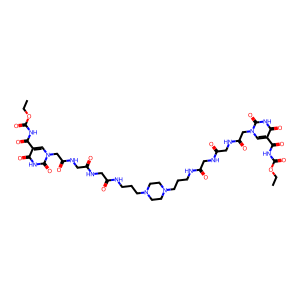
SMILES: CCOC(=O)NC(=O)c1cn(CC(=O)NCC(=O)NCC(=O)NCCCN2CCN(CCCNC(=O)CNC(=O)CNC(=O)Cn3cc(C(=O)NC(=O)OCC)c(=O)[nH]c3=O)CC2)c(=O)[nH]c1=O
Inhibits HIV replication: No